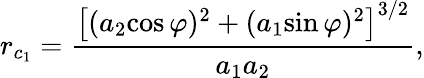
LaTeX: r_{c_{1}}=\frac{\left[(a_{2}\mathrm{cos}\, \varphi)^{2}+(a_{1}\mathrm{sin}\, \varphi)^{2}\right]^{3/2}}{a_{1}a_{2}},